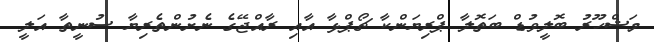
މަޝްހޫރު ބޮލީވުޑް ބަތޮލާ ޕްރިޔަންކާ ޗޯޕްޅާ އާއި ރާއްޖޭގެ ނެށުންތެރިޔާ ސުނީތާ އަލީ